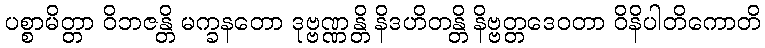
ပစ္စာမိတ္တာ ဝိဘဇန္တိ မက္ခနတော ဒုဗ္ဗဏ္ဏန္တိ နိဒဟိတန္တိ နိဗ္ဗတ္တဒေဝတာ ဝိနိပါတိကောတိ